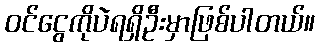
ဝင်ငွေကိုပဲရရှိဦးမှာဖြစ်ပါတယ်။